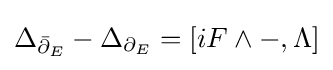
\Delta _{{\bar {\partial }}_{E}}-\Delta _{\partial _{E}}=[iF\wedge -,\Lambda ]